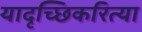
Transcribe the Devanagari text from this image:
यादृच्छिकरित्या